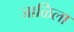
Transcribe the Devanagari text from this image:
जाळिला